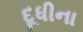
દૂધીના